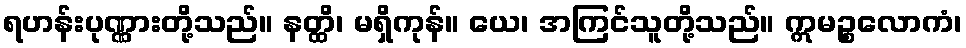
ရဟန်းပုဏ္ဏားတို့သည်။ နတ္ထိ၊ မရှိကုန်။ ယေ၊ အကြင်သူတို့သည်။ ဣမဉ္စလောကံ၊